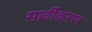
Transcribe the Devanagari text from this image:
सार्वीकरण